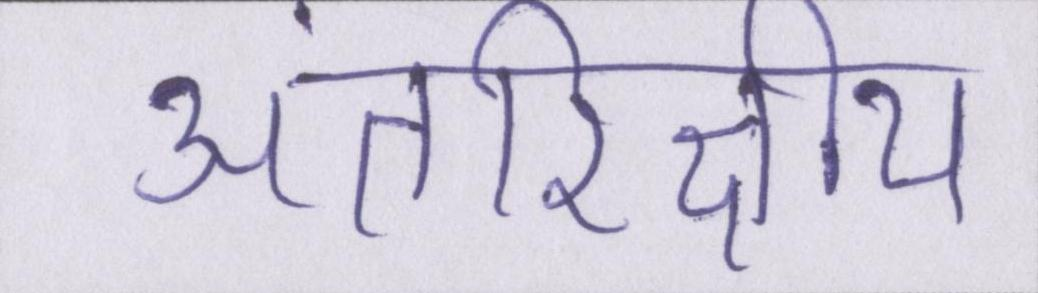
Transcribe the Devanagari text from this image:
अंतरिक्षीय